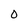
Character: O